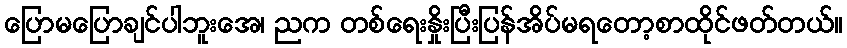
ပြောမပြောချင်ပါဘူးအေ၊ ညက တစ်ရေးနှိုးပြီးပြန်အိပ်မရတော့စာထိုင်ဖတ်တယ်။